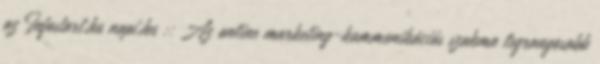
az Infostart.hu napi.hu :: Az online marketing-kommunikációs szakma legrangosabb